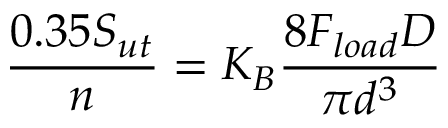
\frac { 0 . 3 5 S _ { u t } } { n } = K _ { B } \frac { 8 F _ { l o a d } D } { \pi d ^ { 3 } }